Treatise on elephants
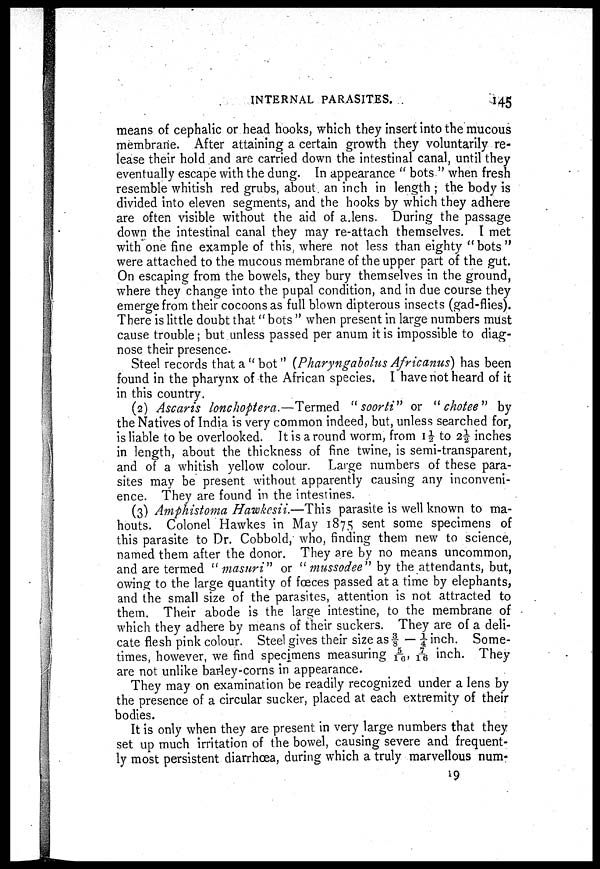
INTERNAL PARASITES.
145
means of cephalic or head hooks, which they insert into the mucous
membrane. After attaining a certain growth they voluntarily re
lease their hold and are carried down the intestinal canal, until they
eventually escape with the dung. In appearance "bots" when fresh
resemble whitish red grubs, about an inch in length ; the body is
divided into eleven segments, and the hooks by which they adhere
are often visible without the aid of a lens. During the passage
down the intestinal canal they may re-attach themselves. I met
with one fine example of this, where not less than eighty "bots"
were attached to the mucous membrane of the upper part of the gut.
On escaping from the bowels, they bury themselves in the ground,
where they change into the pupal condition, and in due course they
emerge from their cocoons as full blown dipterous insects (gad-flies).
There is little doubt that "bots" when present in large numbers must
cause trouble; but unless passed per anum it is impossible to diag
nose their presence.
Steel records that a " bot " (Pharyngabolus Africanus) has been
found in the pharynx of the African species. I have not heard of it
in this country.
(2) Ascaris lonchoptera.—Termed "soorti" or "ckotee" by
the Natives of India is very common indeed, but, unless searched for,
is liable to be overlooked. It is a round worm, from 1½ to 2½ inches
in length, about the thickness of fine twine, is semi-transparent,
and of a whitish yellow colour. Large numbers of these para
sites may be present without apparently causing any inconveni
ence. They are found in the intestines.
(3) Amphistoma Hawkcsii.—This parasite is well known to ma
houts. Colonel Hawkes in May 1875 sent some specimens of
this parasite to Dr. Cobbold,' who, finding them new to science,
named them after the donor. They are by no means uncommon,
and are termed "masuri" or "mussodee" by the attendants, but,
owing to the large quantity of fœces passed at a time by elephants,
and the small size of the parasites, attention is not attracted to
them. Their abode is the large intestine, to the membrane of
which they adhere by means of their suckers. They are of a deli
cate flesh pink colour. Steel gives their size as ⅜ — ¼ inch. Some
times, however, we find specimens measuring 5/16, 7/16 inch. They
are not unlike barley-corns in appearance.
They may on examination be readily recognized under a lens by
the presence of a circular sucker, placed at each extremity of their
bodies.
It is only when they are present in very large numbers that they
set up much irritation of the bowel, causing severe and frequent
ly most persistent diarrhoea, during which a truly marvellous num-
19